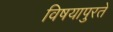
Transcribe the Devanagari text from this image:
विषयापुरते